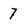
Character: 7